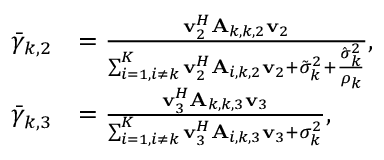
\begin{array} { r l } { \bar { \gamma } _ { k , 2 } } & { = \frac { \mathbf v _ { 2 } ^ { H } \mathbf A _ { k , k , 2 } \mathbf v _ { 2 } } { \sum _ { i = 1 , i \neq k } ^ { K } \mathbf v _ { 2 } ^ { H } \mathbf A _ { i , k , 2 } \mathbf v _ { 2 } + \tilde { \sigma } _ { k } ^ { 2 } + \frac { \hat { \sigma } _ { k } ^ { 2 } } { \rho _ { k } } } , } \\ { \bar { \gamma } _ { k , 3 } } & { = \frac { \mathbf v _ { 3 } ^ { H } \mathbf A _ { k , k , 3 } \mathbf v _ { 3 } } { \sum _ { i = 1 , i \neq k } ^ { K } \mathbf v _ { 3 } ^ { H } \mathbf A _ { i , k , 3 } \mathbf v _ { 3 } + \sigma _ { k } ^ { 2 } } , } \end{array}